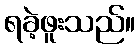
ရခဲ့ဖူးသည်။